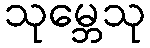
သုမ္ဘေသု